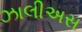
ઝાલીઅસ